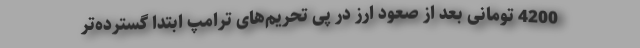
4200 تومانی بعد از صعود ارز در پی تحریم‌های ترامپ ابتدا گسترده‌تر